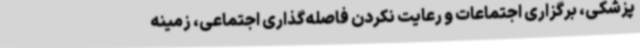
پزشکی، برگزاری اجتماعات و رعایت نکردن فاصله‌گذاری اجتماعی، زمینه